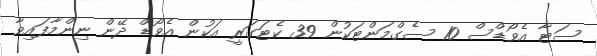
ސަޓާ އެވޯޑްސް 10 ސެގްމަންޓަކުން 39 ކެޓަގަރީ އަކުން އެވޯޑް ދޭން ނިންމާފައިވާ